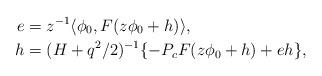
LaTeX: \begin{align*}e &= z^{-1} \langle\phi_0, F(z\phi_0+h)\rangle, \\h &= (H+q^2/2)^{-1} \{ -P_cF(z\phi_0+h)+eh\},\end{align*}